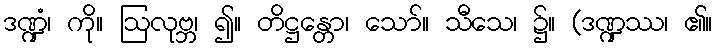
ဒဏ္ဍံ၊ ကို။ ဩလုဗ္ဘ၊ ၍။ တိဋ္ဌန္တော၊ သော်။ သီသေ၊ ၌။ (ဒဏ္ဍဿ၊ ၏။